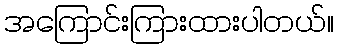
အကြောင်းကြားထားပါတယ်။